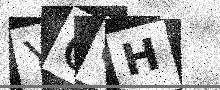
Text: YCCH